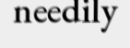
needily